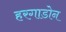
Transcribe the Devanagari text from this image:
हरगाडोन